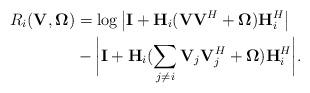
LaTeX: \begin{align*}R_i(\mathbf{V},\mathbf{\Omega})&=\log\big|\mathbf{I}+\mathbf{H}_i(\mathbf{V}\mathbf{V}^H+\mathbf{\Omega})\mathbf{H}^H_i\big|\\&-\bigg|\mathbf{I}+\mathbf{H}_i(\sum_{j\ne i}\mathbf{V}_j\mathbf{V}_j^H+\mathbf{\Omega})\mathbf{H}^H_i\bigg|.\end{align*}